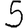
Digit: 5